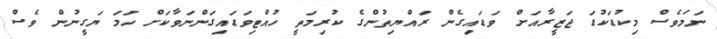
ނަމަވެސް މިކުޑަކުޑަ ޖަޒީރާއަށް ވަޑައިގެން ރައްޔިތުންގެ ކުރިމަތީ ހުއްޓިވަޑައިގަންނަވާކަށް ހަމަ ޔަގީނުން ވެސް